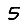
Digit: 5